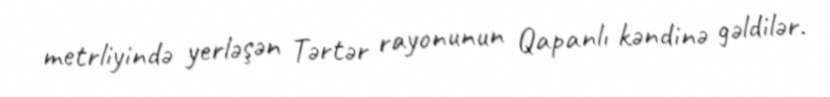
metrliyində yerləşən Tərtər rayonunun Qapanlı kəndinə gəldilər.